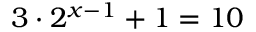
3 \cdot 2 ^ { x - 1 } + 1 = 1 0